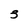
Character: 3